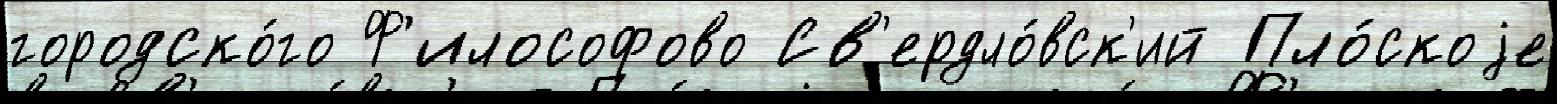
городско́го Ф'илософово Св'ердло́вск'ий Пло́скоjе